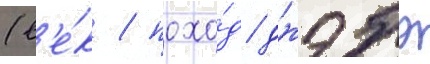
(в'е́к / похо́д джэбэ